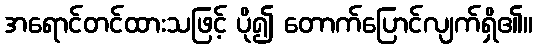
အရောင်တင်ထားသဖြင့် ပို၍ တောက်ပြောင်လျက်ရှိ၏။